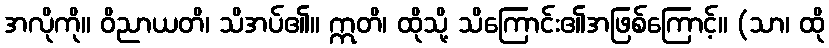
အလိုကို။ ဝိညာယတိ၊ သိအပ်၏။ ဣတိ၊ ထိုသို့ သိကြောင်း၏အဖြစ်ကြောင့်။ (သာ၊ ထို